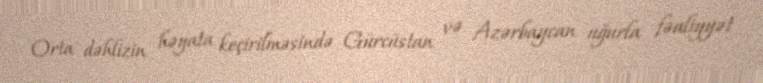
Orta dəhlizin həyata keçirilməsində Gürcüstan və Azərbaycan uğurla fəaliyyət